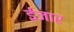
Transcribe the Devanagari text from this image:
ईजार